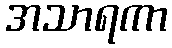
အသာရကာ